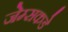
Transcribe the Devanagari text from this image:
जेम्सकडे